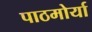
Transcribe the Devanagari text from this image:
पाठमोर्या